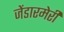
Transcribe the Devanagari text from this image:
जेंडारमेरी